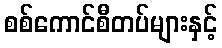
စစ်ကောင်စီတပ်များနှင့်